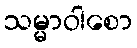
သမ္မာဝါစော